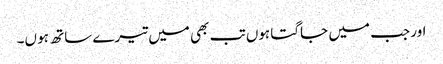
اور جب میں جاگتا ہوں تب بھی میں تیرے ساتھ ہو ں۔